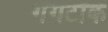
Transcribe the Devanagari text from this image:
गैंगटॉक